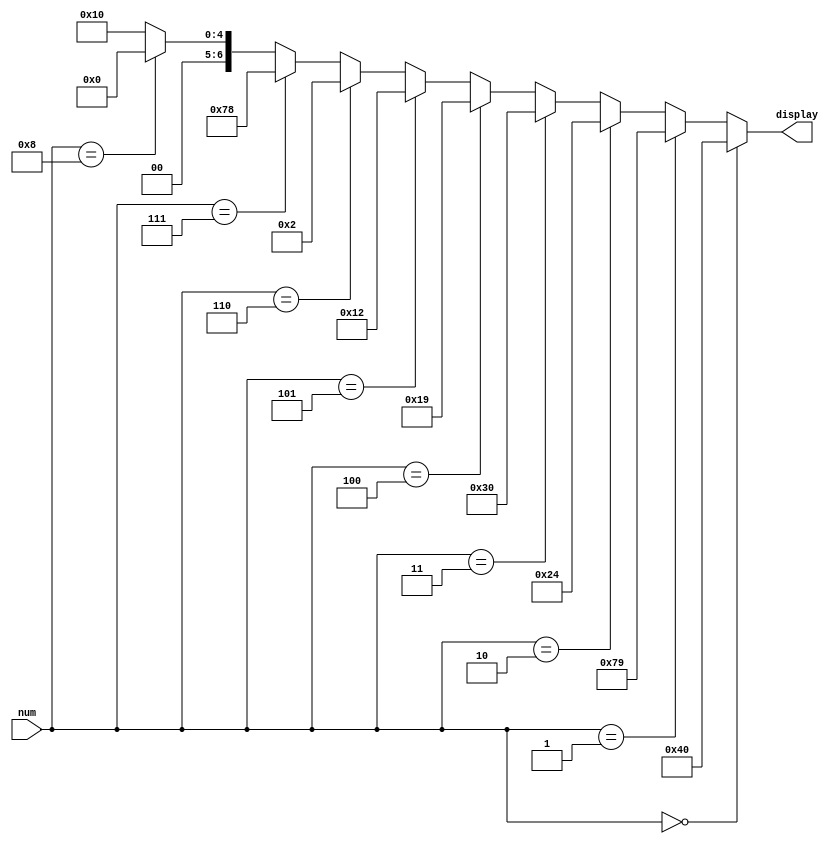
module dec2_7seg(display, num);
	
	input [3:0] num;
	
	output[6:0] display;
	
	assign display =
			num	== 0 ? 7'b1000000 :
			num	== 1 ? 7'b1111001 :
			num	== 2 ? 7'b0100100 :
			num	== 3 ? 7'b0110000 :
			num	== 4 ? 7'b0011001 :
			num	== 5 ? 7'b0010010 :
			num	== 6 ? 7'b0000010 :
			num	== 7 ? 7'b1111000 :
			num	== 8 ? 7'b0000000 :
			num	== 9 ? 7'b0010000 :
			7'b0010000;			//	Output	is	a	don't	care	if	illegal	input
			
endmodule